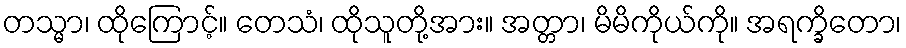
တသ္မာ၊ ထိုကြောင့်။ တေသံ၊ ထိုသူတို့အား။ အတ္တာ၊ မိမိကိုယ်ကို။ အရက္ခိတော၊